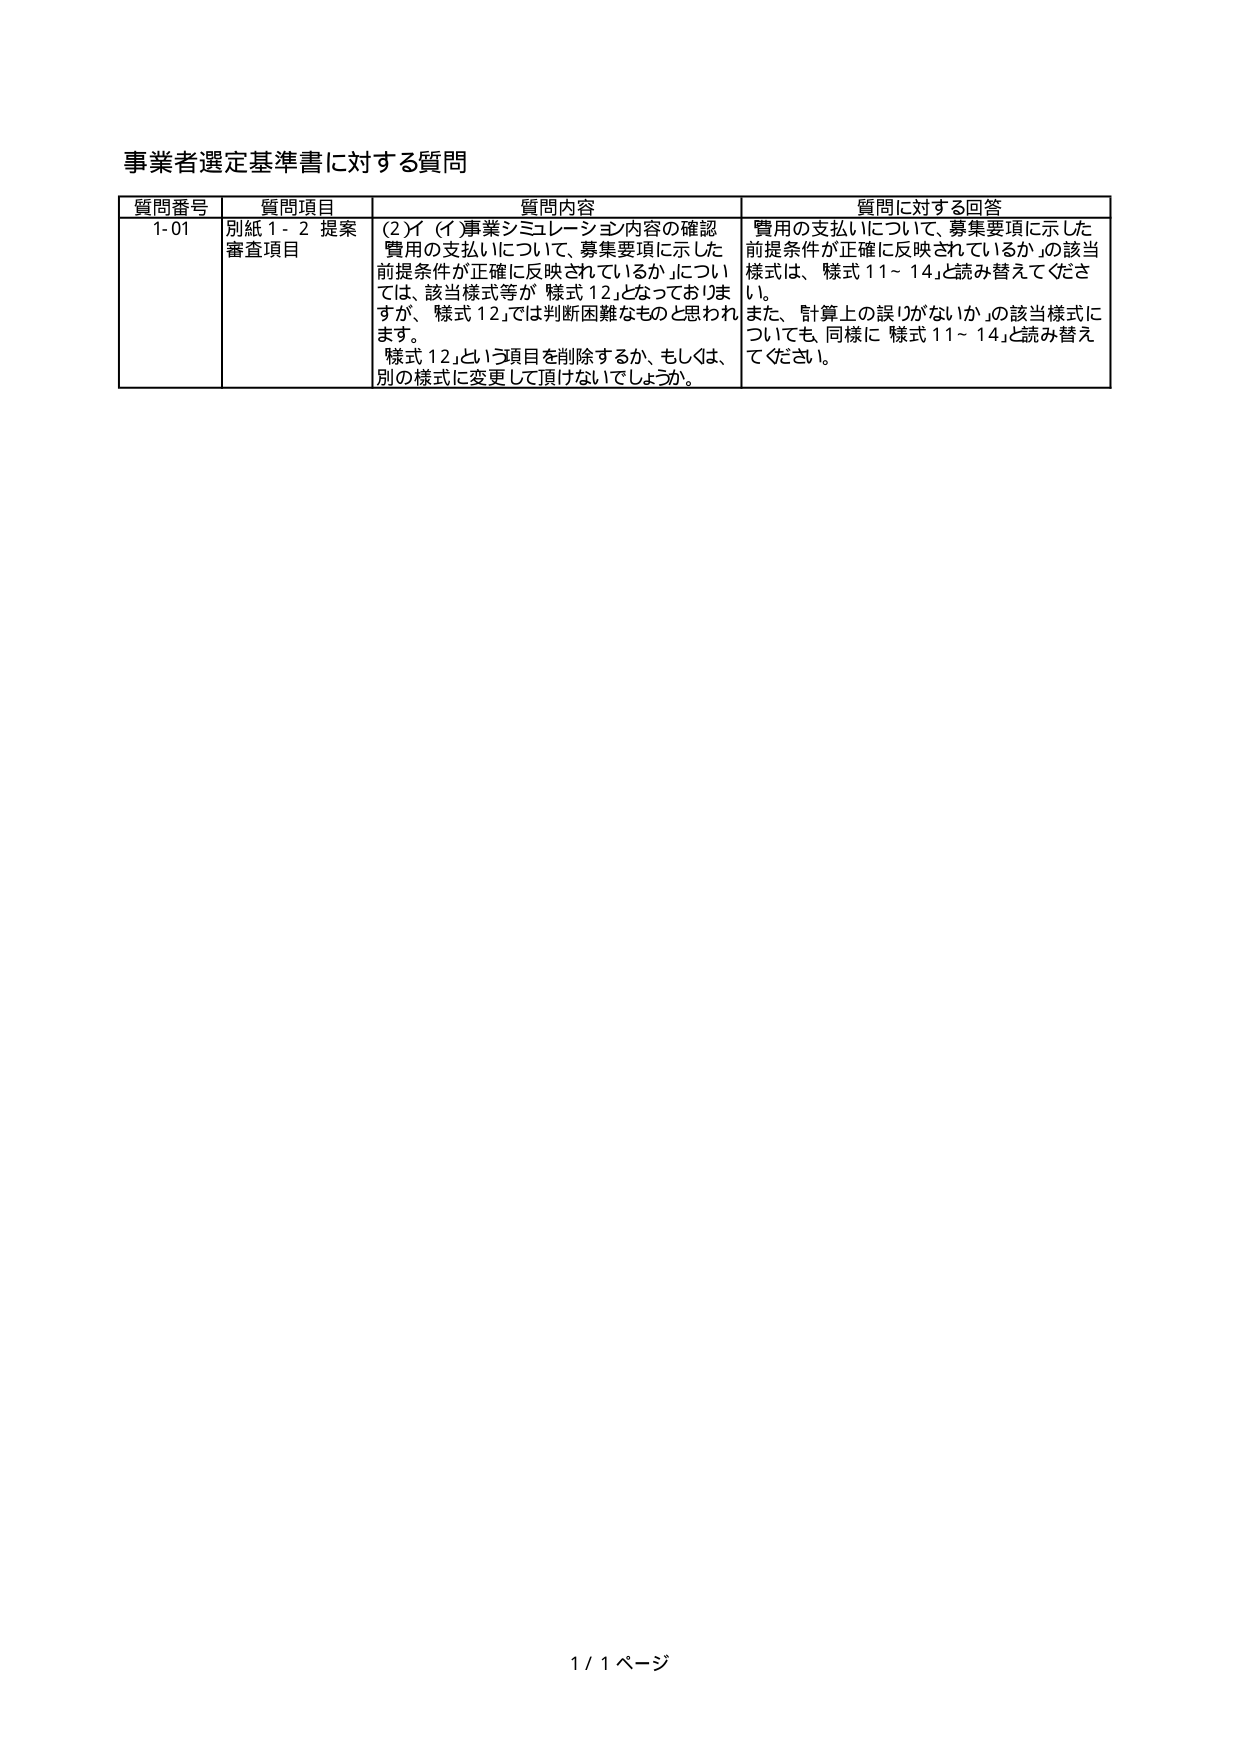
事業者選定基準書に対する質問

質問番号 質問項目 質問内容 質問に対する回答
1-01 別紙 1 - 2 提案 審査項目 (2)イ (イ)事業シミュレーション内容の確認 費用の支払いについて、募集要項に示した前提条件が正確に反映されているか」については、該当様式等が「様式 12」となっておりますが、「様式 12」では判断困難なものと思われます。 「様式 12」という項目を削除するか、もしくは、別の様式に変更して頂けないでしょうか。 費用の支払いについて、募集要項に示した前提条件が正確に反映されているか」の該当様式は、「様式 11～14」と読み替えてください。 また、「計算上の誤りがないか」の該当様式についても、同様に「様式 11～14」と読み替えてください。

1 / 1 ページ